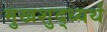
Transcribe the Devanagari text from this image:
मुखशुद्ध्यर्थ